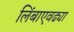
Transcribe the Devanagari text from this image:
लिंबाएवढ्या